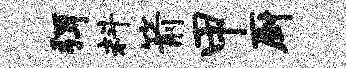
弭料箭甲厨